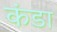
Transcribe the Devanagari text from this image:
कंडा